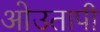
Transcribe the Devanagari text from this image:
ओउतापी